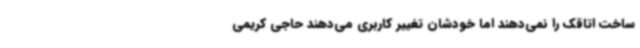
ساخت اتاقک را نمی‌دهند اما خودشان تغییر کاربری می‌دهند حاجی کریمی